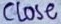
Text: CLOSE